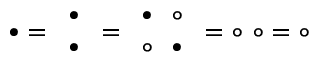
\bullet = { \begin{array} { l } { \bullet } \\ { \bullet } \end{array} } = { \begin{array} { l } { \bullet \ \ \circ } \\ { \circ \ \ \bullet } \end{array} } = \circ \ \circ = \circ